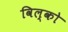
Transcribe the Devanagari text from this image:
विल्को